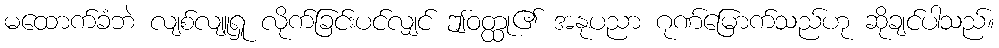
မထောက်ခံဘဲ လျစ်လျူရှု လိုက်ခြင်းပင်လျှင် ဤဝတ္ထု၏ အနုပညာ ဂုဏ်မြောက်သည်ဟု ဆိုချင်ပါသည်။